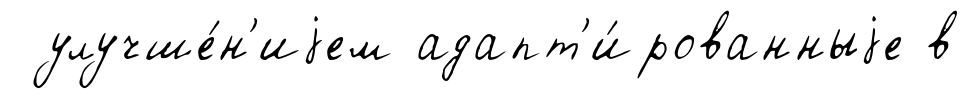
улучше́н'иjем адапт'и́рованныjе в